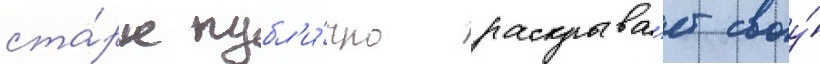
ста́рк публ'и́чно раскрыва́ет своу́